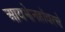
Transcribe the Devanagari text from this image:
आयझेनहॉवरचे